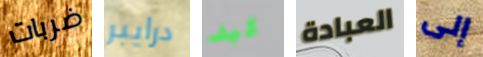
ضربات درايبر كيف العبادة إلى